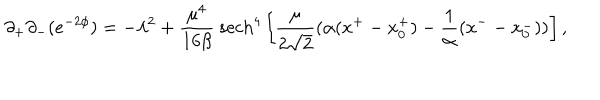
\partial _ { + } \partial _ { - } ( e ^ { - 2 \phi } ) = - \lambda ^ { 2 } + \frac { \mu ^ { 4 } } { 1 6 \beta } { } ~ \mathrm { s e c h } ^ { 4 } \left[ \frac { \mu } { 2 \sqrt 2 } ( \alpha ( x ^ { + } - x _ { 0 } ^ { + } ) - \frac { 1 } { \alpha } ( x ^ { - } - x _ { 0 } ^ { - } ) ) \right] ,